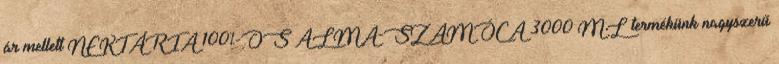
ár mellett NEKTÁRIA 100%-OS ALMA-SZAMÓCA 3000 ML termékünk nagyszerű